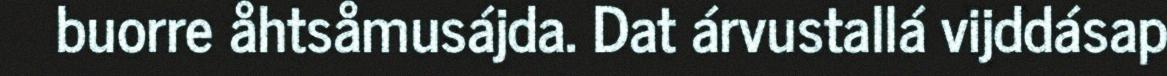
buorre åhtsåmusájda. Dat árvustallá vijddásap